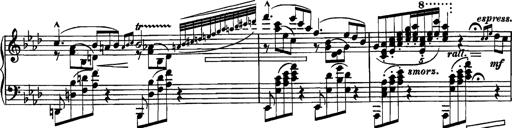
Title: Grandes Etudes
Composer: Franz Liszt